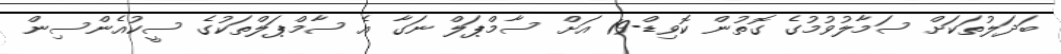
ބަދަލުތަކަށް ސަމާލުވުމުގެ ގޮތުން ކޮވިޑް-19 އަށް ސާމްޕަލް ނަގާ އެ ސާމްޕަލްތަކުގެ ސީކުއެންސިން